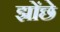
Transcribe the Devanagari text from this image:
झोंछे